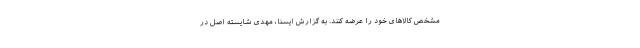
مشخص کالاهای خود را عرضه کنند. به گزارش ایسنا، مهدی شایسته اصل در